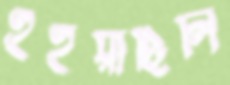
হইয়াছিলি